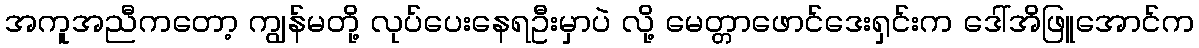
အကူအညီကတော့ ကျွန်မတို့ လုပ်ပေးနေရဦးမှာပဲ လို့ မေတ္တာဖောင်ဒေးရှင်းက ဒေါ်အိဖြူအောင်က